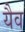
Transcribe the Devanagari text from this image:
यैव